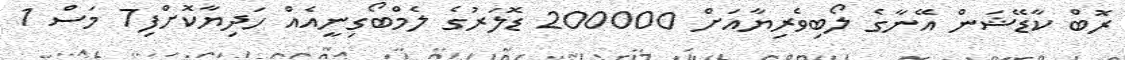
ރޮބް ކާޑޭޝަން އޭނާގެ ލޯބިވެރިޔާއަށް 200000 ޑޮލަރުގެ ލެމްބޯގިނީއެއް ހަދިޔާކޮށްފި7 މަސް 1